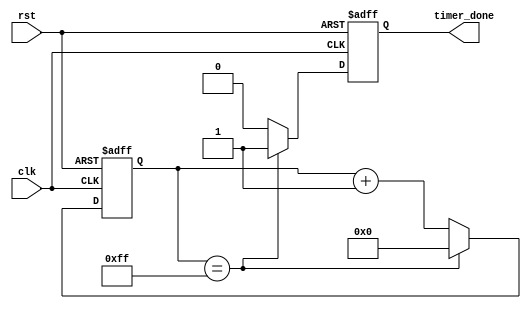
module countdown_timer (
    input wire clk,
    input wire rst,
    output reg timer_done
);

reg [7:0] counter;
reg [7:0] preset_value = 8'hFF; // Predefined countdown value

always @(posedge clk or posedge rst) begin
    if (rst) begin
        counter <= 8'h00; // Reset counter
        timer_done <= 1'b0; // Clear timer done signal
    end else begin
        if (counter == preset_value) begin
            counter <= 8'h00; // Reset counter
            timer_done <= 1'b1; // Set timer done signal
        end else begin
            counter <= counter + 1; // Increment counter
            timer_done <= 1'b0; // Clear timer done signal
        end
    end
end

endmodule